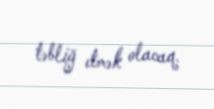
təbliğ etmək olacaq.